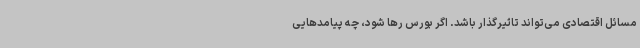
مسائل اقتصادی می‌تواند تاثیرگذار باشد. اگر بورس رها شود، چه پیامدهایی